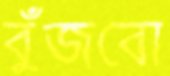
বুঁজবো